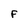
Character: F